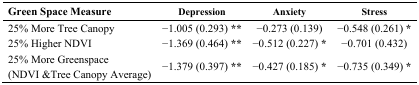
| Green Space Measure | Depression | Anxiety | Stress |
 | --- | --- | --- | --- |
 | 25% More Tree Canopy | −1.005 (0.293) ** | −0.273 (0.139) | −0.548 (0.261) * |
 | 25% Higher NDVI | −1.369 (0.464) ** | −0.512 (0.227) * | −0.701 (0.432) |
 | 25% More Greenspace (NDVI &Tree Canopy Average) | −1.379 (0.397) ** | −0.427 (0.185) * | −0.735 (0.349) * |